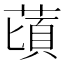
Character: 䔛